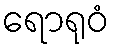
ရောရုဝံ